Indian journal of veterinary science and animal husbandry - Volumes 18-21, 1948-1951
Year: 1948
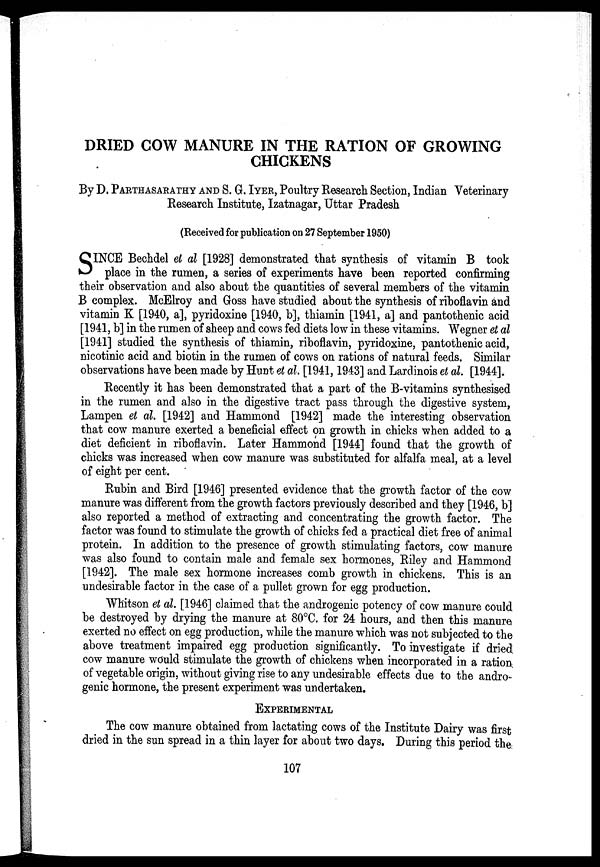
DRIED COW MANURE IN THE RATION OF GROWING
CHICKENS
By D. PARTHASARATHY AND S. G. IYER, Poultry Research Section, Indian Veterinary
Research Institute, Izatnagar, Uttar Pradesh
(Received for publication on 27 September 1950)
S INCE Bechdel et al [1928] demonstrated that synthesis of vitamin B took
place in the rumen, a series of experiments have been reported confirming
their observation and also about the quantities of several members of the vitamin
B complex. McElroy and Goss have studied about the synthesis of riboflavin and
vitamin K [1940, a], pyridoxine [1940, b], thiamin [1941, a] and pantothenic acid
[1941, b] in the rumen of sheep and cows fed diets low in these vitamins. Wegner et al
[1941] studied the synthesis of thiamin, riboflavin, pyridoxine, pantothenic acid,
nicotinic acid and biotin in the rumen of cows on rations of natural feeds. Similar
observations have been made by Hunt et al. [1941, 1943] and Lardinois et al. [1944].
Recently it has been demonstrated that a part of the B-vitamins synthesised
in the rumen and also in the digestive tract pass through the digestive system,
Lampen et al. [1942] and Hammond [1942] made the interesting observation
that cow manure exerted a beneficial effect on growth in chicks when added to a
diet deficient in riboflavin. Later Hammond [1944] found that the growth of
chicks was increased when cow manure was substituted for alfalfa meal, at a level
of eight per cent.
Rubin and Bird [1946] presented evidence that the growth factor of the cow
manure was different from the growth factors previously described and they [1946, b]
also reported a method of extracting and concentrating the growth factor. The
factor was found to stimulate the growth of chicks fed a practical diet free of animal
protein. In addition to the presence of growth stimulating factors, cow manure
was also found to contain male and female sex hormones, Riley and Hammond
[1942]. The male sex hormone increases comb growth in chickens. This is an
undesirable factor in the case of a pullet grown for egg production.
"Whitson et al. [1946] claimed that the androgenic potency of cow manure could
be destroyed by drying the manure at 80°C. for 24 hours, and then this manure
exerted no effect on egg production, while the manure which was not subjected to the
above treatment impaired egg production significantly. To investigate if dried
cow manure would stimulate the growth of chickens when incorporated in a ration
of vegetable origin, without giving rise to any undesirable effects due to the andro-
genic hormone, the present experiment was undertaken.
EXPERIMENTAL
The cow manure obtained from lactating cows of the Institute Dairy was first
dried in the sun spread in a thin layer for about two days. During this period the
107